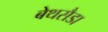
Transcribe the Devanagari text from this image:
बेथसैडा